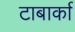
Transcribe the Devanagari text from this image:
टाबार्का